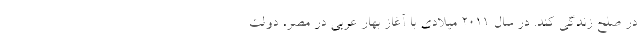
در صلح زندگی کند. در سال ۲۰۱۱ میلادی با آغاز بهار عربی در مصر، دولت